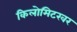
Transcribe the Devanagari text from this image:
किलोमिटरवर